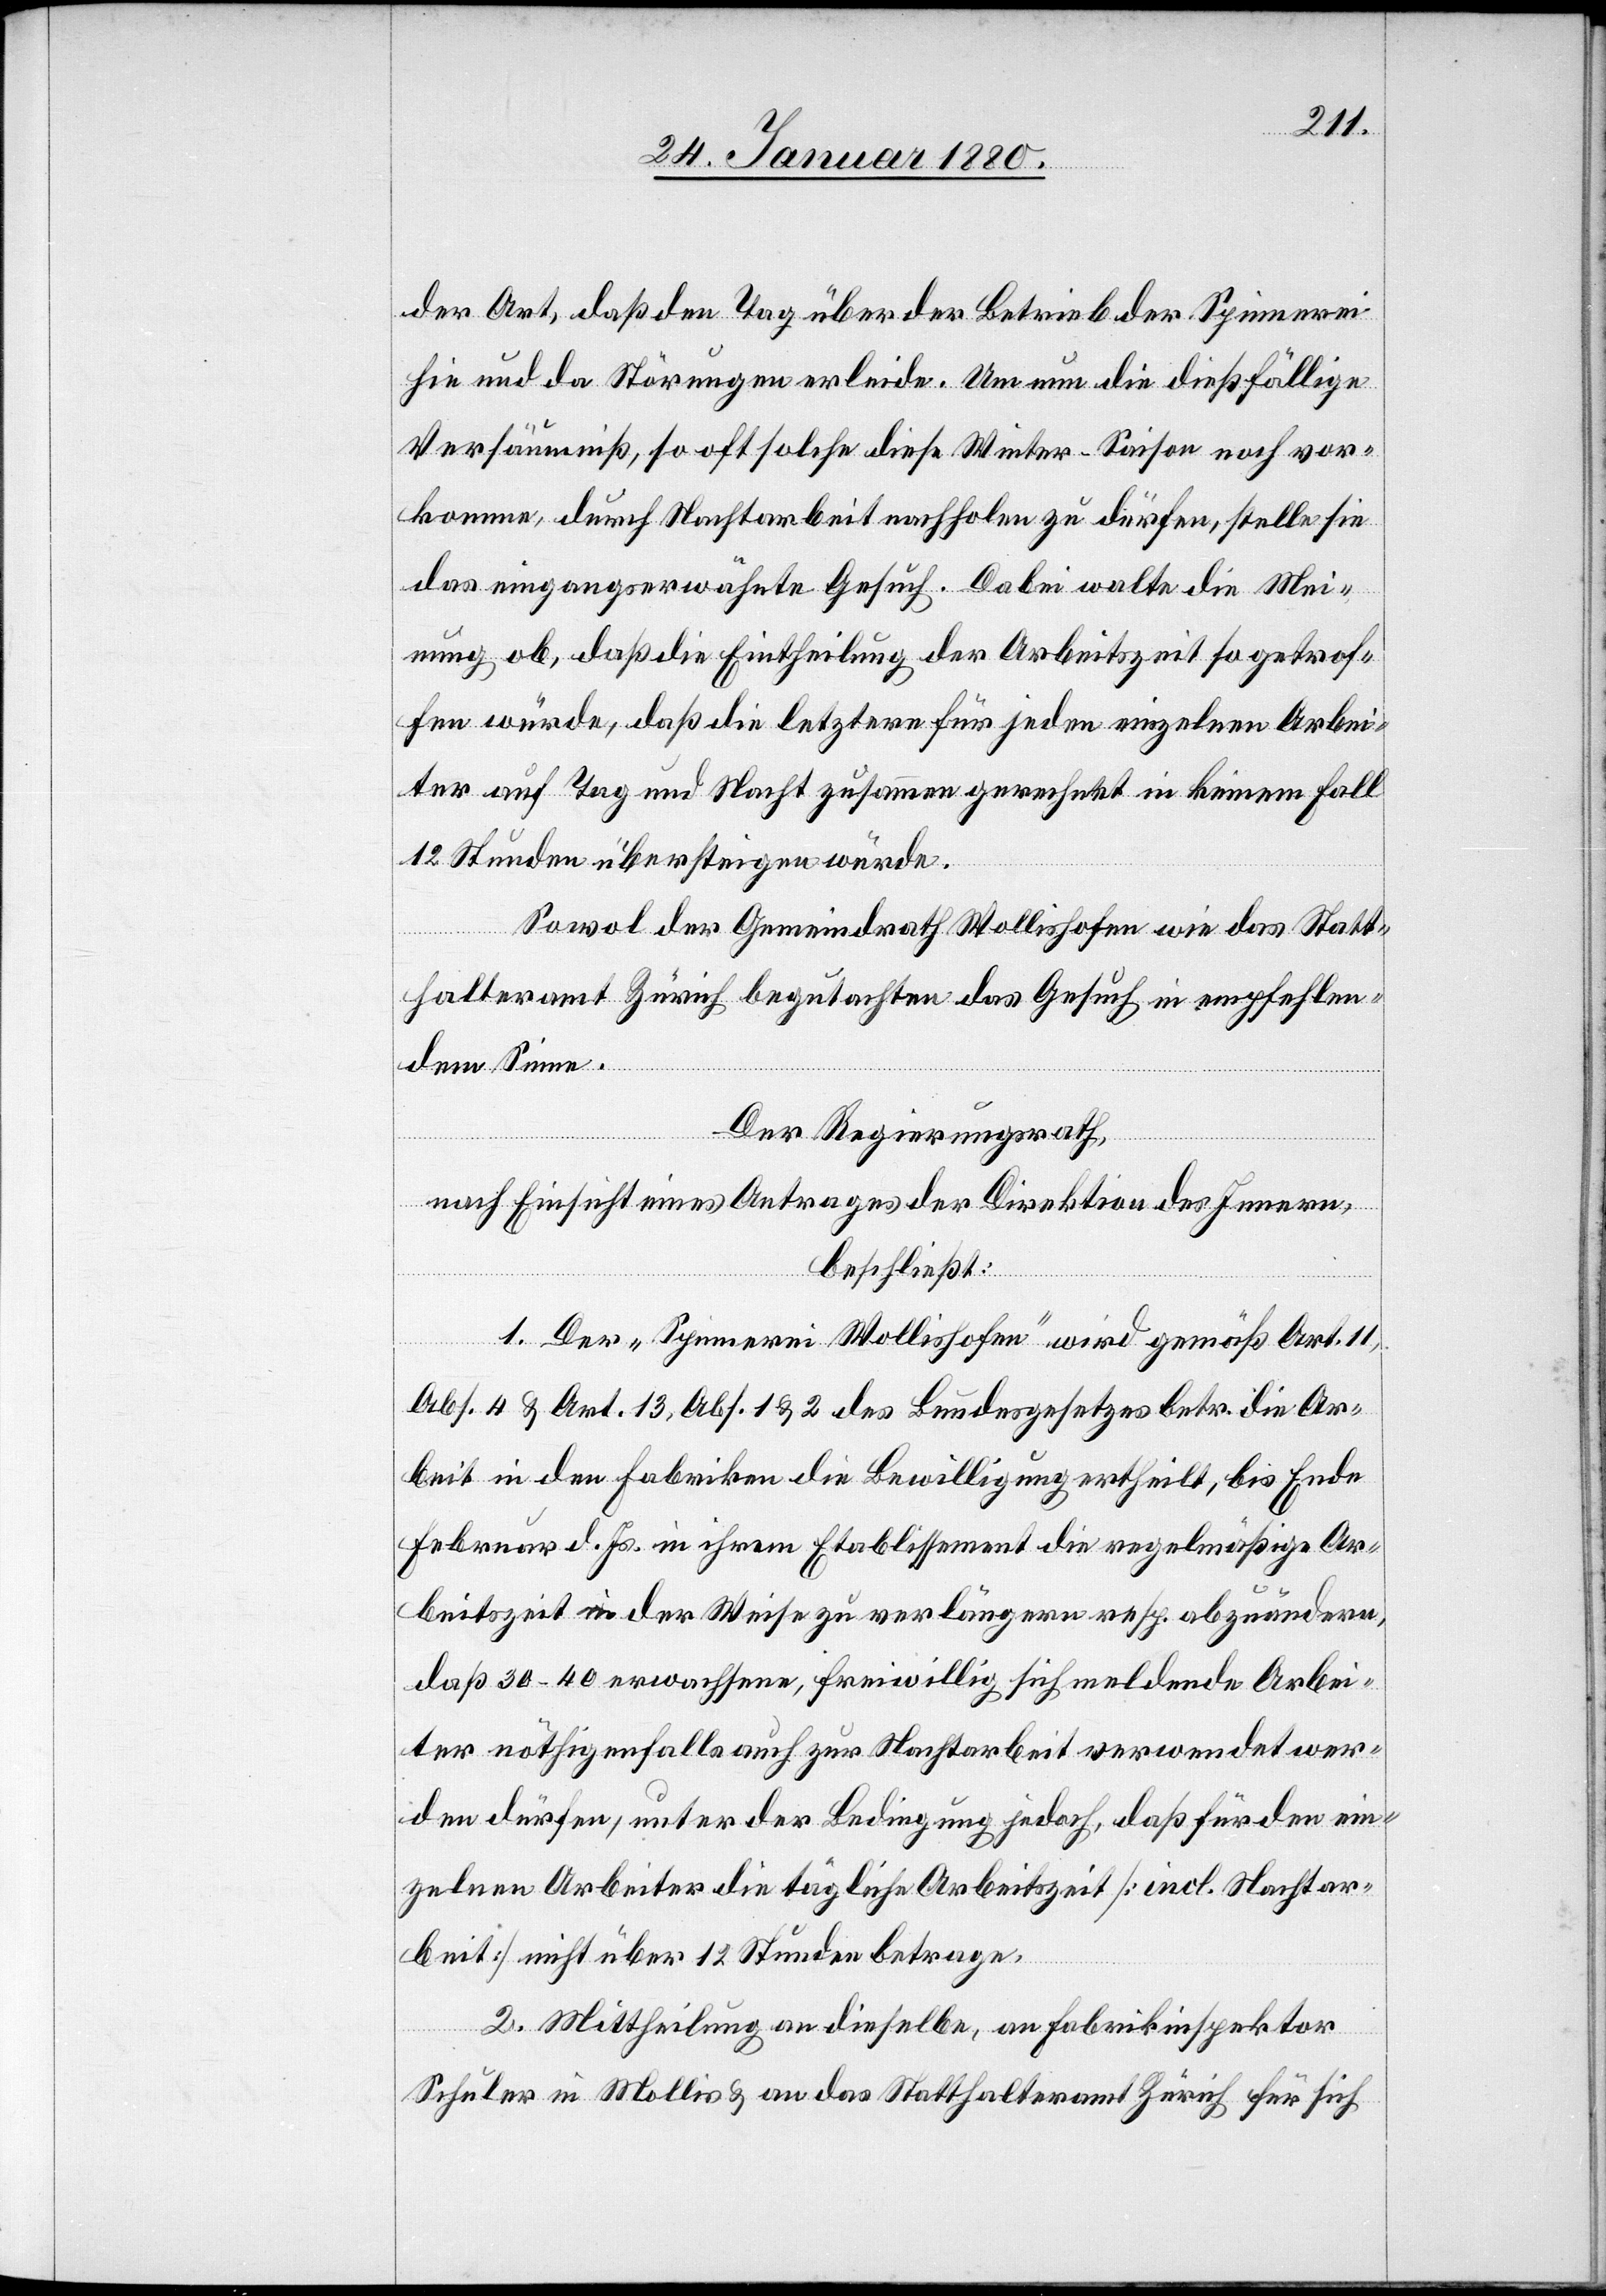
der Art, daß den Tag über der Betrieb der Spinnerei
hie und da Störungen erleide. Um nun die dießfällige
Versäumniß, so oft solche diese Winter-Saison noch vor¬
komme, durch Nachtarbeit nachholen zu dürfen, stelle sie
das eingangserwähnte Gesuch. Dabei walte die Mei¬
nung ob, daß die Eintheilung der Arbeitszeit so getrof¬
fen würde, daß die letztere für jeden einzelnen Arbei¬
ter auf Tag und Nacht zusammengerechnet in keinem Fall
12 Stunden übersteigen würde.
Sowol der Gemeindrath Wollishofen wie das Statt¬
halteramt Zürich begutachten das Gesuch in empfehlen¬
dem Sinne.
Der Regierungsrath,
nach Einsicht eines Antrages der Direktion des Innern,
beschließt:
1. Der „Spinnerei Wollishofen“ wird gemäß Art. 11,
Abs. 4 & Art. 13, Abs. 1 & 2 des Bundesgesetzes betr. die Ar¬
beit in den Fabriken die Bewilligung ertheilt, bis Ende
Februar d. Js in ihrem Etablissement die regelmäßige Ar¬
beitszeit in der Weise zu verlängern resp. abzuändern,
daß 30–40 erwachsene, freiwillig sich meldende Arbei¬
ter nöthigenfalls auch zur Nachtarbeit verwendet wer¬
den dürfen, unter der Bedingung jedoch, daß für den ein¬
zelnen Arbeiter die tägliche Arbeitszeit [incl. Nachtar¬
beit] nicht über 12 Stunden betrage.
2. Mittheilung an dieselbe, an Fabrikinspektor
Schuler in Mollis & an das Statthalteramt Zürich für sich